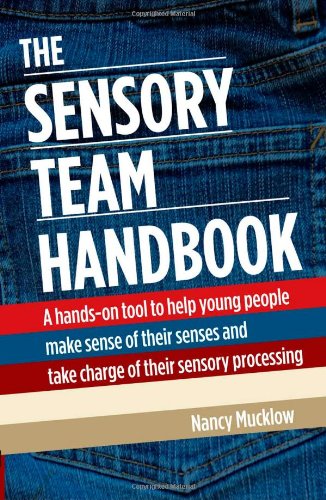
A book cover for The Sensory Team Handbook: A hands-on tool to help young people make sense of their senses and take charge of their sensory processing; Nancy Mucklow; Teen & Young Adult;